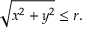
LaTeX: { \sqrt { x ^ { 2 } + y ^ { 2 } } } \leq r .